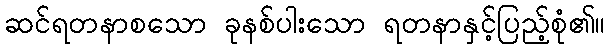
ဆင်ရတနာစသော ခုနစ်ပါးသော ရတနာနှင့်ပြည့်စုံ၏။